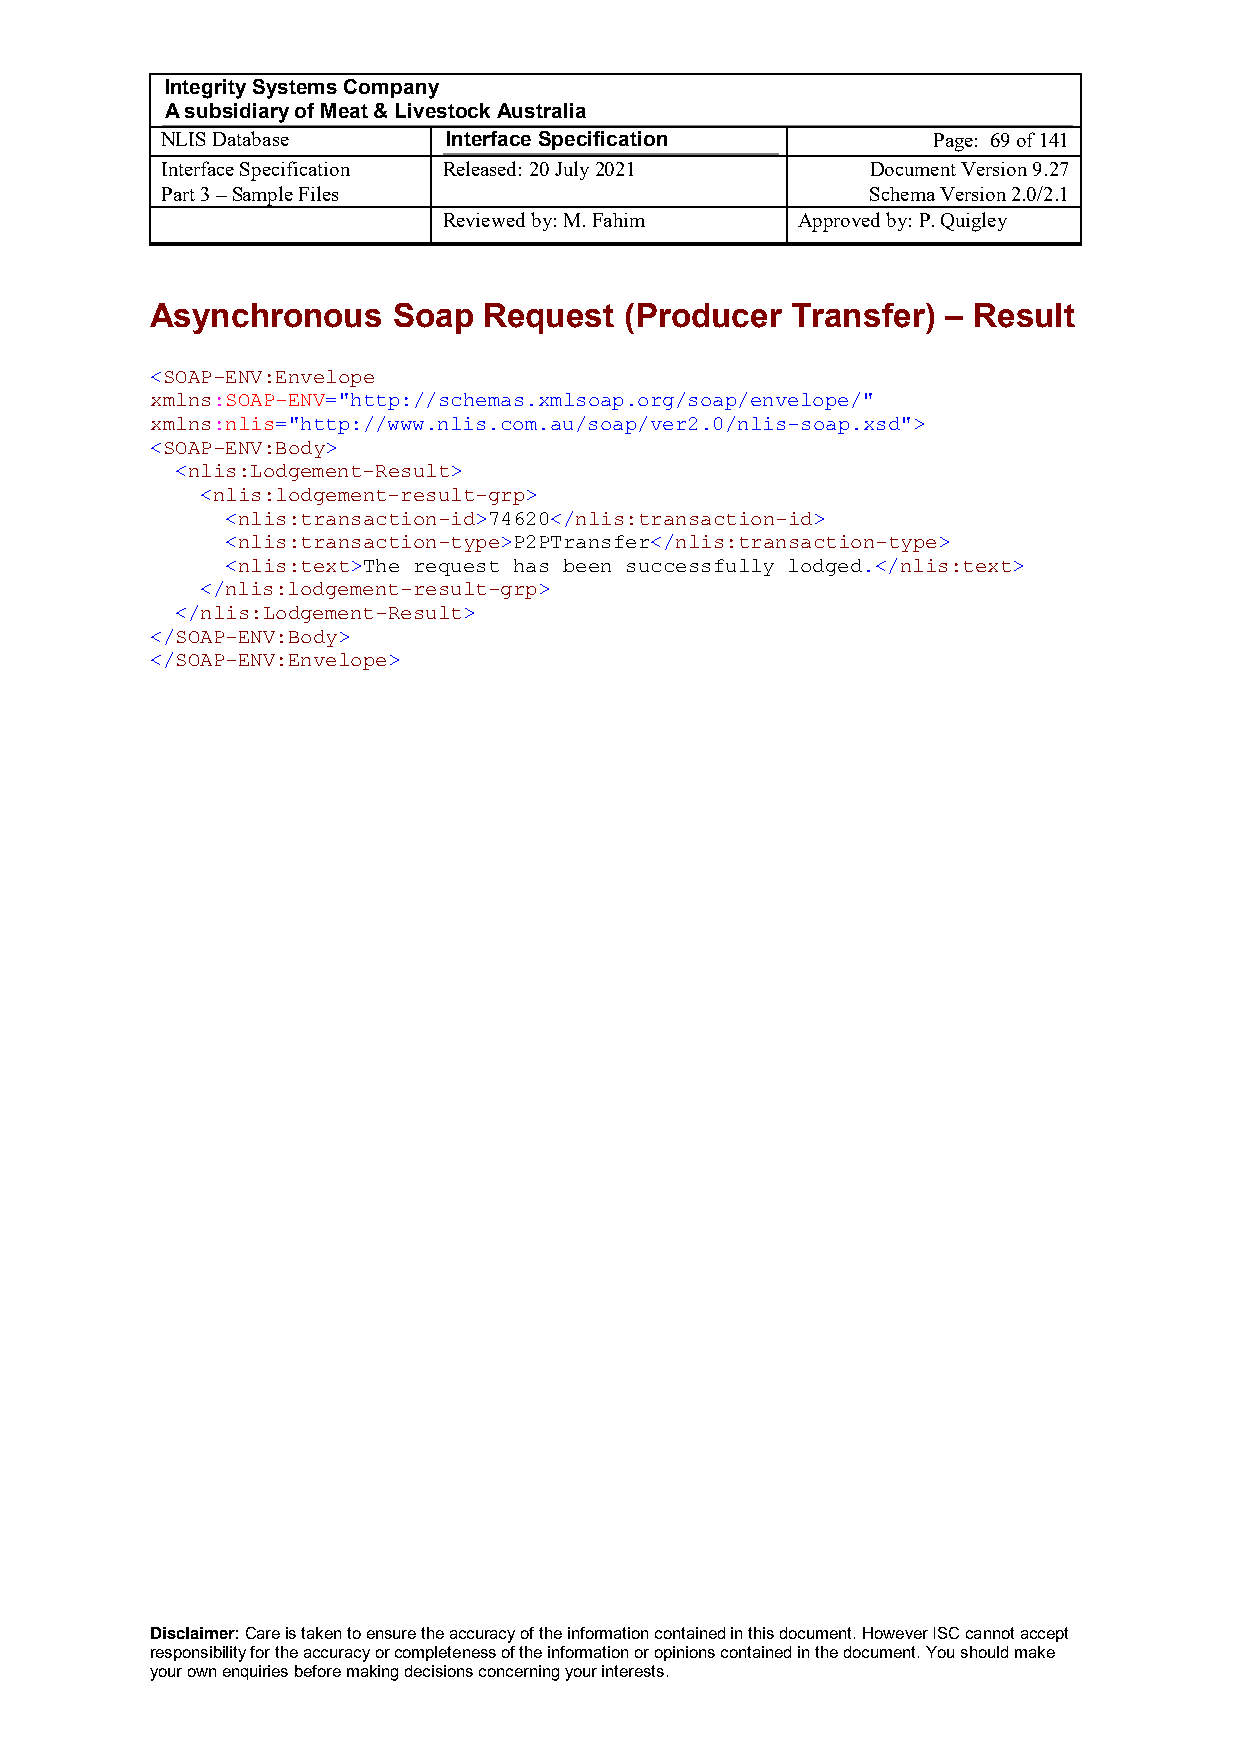
Integrity Systems Company
 A subsidiary of Meat & Livestock Australia
 NLIS Database      Interface Specification         Page: 69 of 141
 Interface Specification Released: 20 July 2021 Document Version 9.27
 Part 3 – Sample Files                          Schema Version 2.0/2.1
 Reviewed by: M. Fahim   Approved by: P. Quigley
 Asynchronous    Soap  Request  (Producer  Transfer)  – Result
 <SOAP-ENV:Envelope
 xmlns:SOAP-ENV="http://schemas.xmlsoap.org/soap/envelope/"
 xmlns:nlis="http://www.nlis.com.au/soap/ver2.0/nlis-soap.xsd">
 <SOAP-ENV:Body>
 <nlis:Lodgement-Result>
 <nlis:lodgement-result-grp>
 <nlis:transaction-id>74620</nlis:transaction-id>
 <nlis:transaction-type>P2PTransfer</nlis:transaction-type>
 <nlis:text>The request has been successfully lodged.</nlis:text>
 </nlis:lodgement-result-grp>
 </nlis:Lodgement-Result>
 </SOAP-ENV:Body>
 </SOAP-ENV:Envelope>
 Disclaimer: Care is taken to ensure the accuracy of the information contained in this document. However ISC cannot accept
 responsibility for the accuracy or completeness of the information or opinions contained in the document. You should make
 your own enquiries before making decisions concerning your interests.